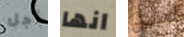
أجل انها لعميل